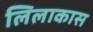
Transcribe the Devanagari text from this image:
लिलाकास